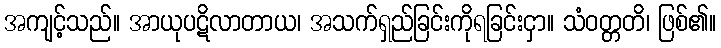
အကျင့်သည်။ အာယုပဋိလာတာယ၊ အသက်ရှည်ခြင်းကိုရခြင်းငှာ။ သံဝတ္တတိ၊ ဖြစ်၏။